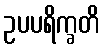
ဥပပရိက္ခတိ